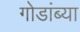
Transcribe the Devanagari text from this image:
गोडांब्या